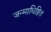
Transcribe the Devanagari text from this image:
जन्माधिष्ठित